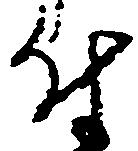
付